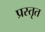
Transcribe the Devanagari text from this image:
प्रस्तृत